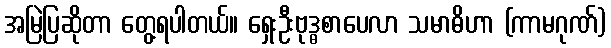
အမြဲပြဆိုတာ တွေ့ရပါတယ်။ ရှေးဦးဗုဒ္ဓစာပေလာ သမာဓိဟာ (ကာမဂုဏ်)